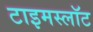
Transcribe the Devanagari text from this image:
टाइमस्लॉट